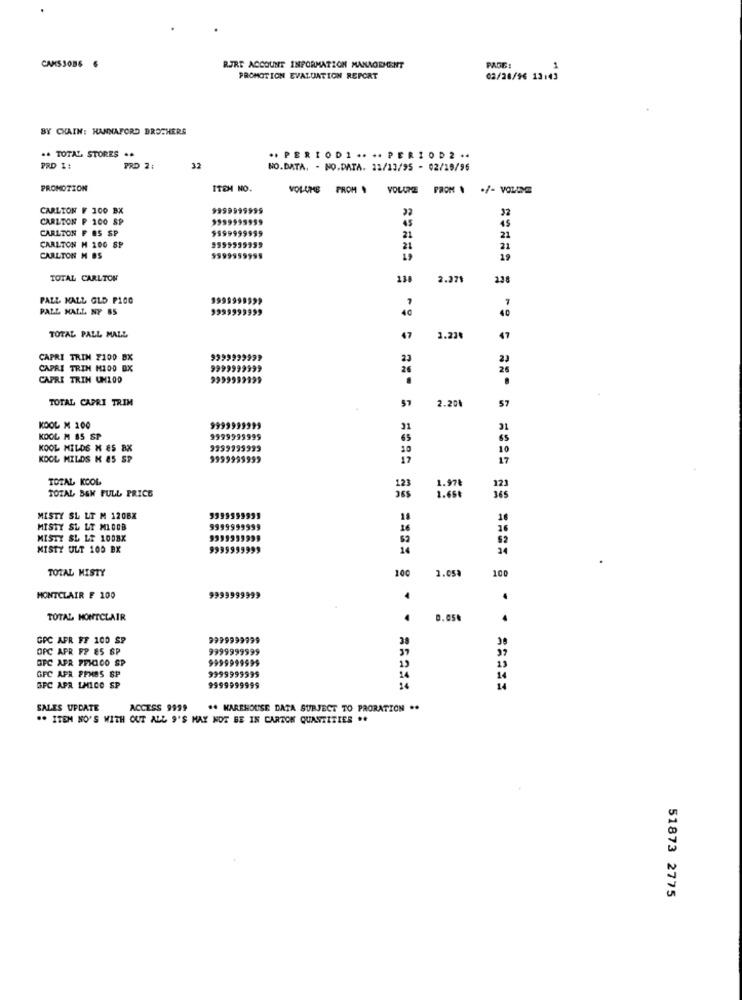
CAMS3086 6
BJRT ACCOUNT INFORMATION MANMODHENT
PAGE:
PROMOTION EVALUATION REPORT
02/20/96 13:43
BY CHAIN: HANNAFORD BROTHERS
.. TOTAL STORES ..
*+PERIODI .... PERIOD2 **
PRD 1 :
PRD 2;
32
NO.DATA. - NO.DATA. 13/13/95 - 02/10/96
PROMOTION
ITEM NO.
VOLUME PROM .
CARLTON F 100 BX
9999999999
32
CARLTON ₱ 100 SP
CARLTON F OS SP
9999999999
21
21
CARLTON M 100 SP
21
21
CARLTON M BS
$599959999
19
TOTAL CARLTON
138
2.27$
238
PALL MALL GLD P1OG
99999993>>
PALL MALL NY 85
9999999999
40
TOTAL PALL MALL
47
3.230
47
CAPRI TRIN F100 BX
9999999999
CAPRI TRIN MI00 DX
26
26
CAPRI TRIN UMLOD
TOTAL CAPRI TRIM
2.20%
57
57
KOOL M 200
31
31
KOOL M 85 SP
65
6$
KOOL HILDS X 85 BX
9399999999
10
KOOL MILDS K 85 SP
9999999999
17
TOTAL KOOL
1.97₺
TOTAL, B&W FULL PRICE
123
123
1.65€
365
MISTY SL LT M 120BX
9399999933
18
MISTY SL LT MIOOB
9999999999
16
26
MISTY SL LE 100BK
9999999999
62
MISTY ULT 100 BX
9999999999
14
24
TOTAL MISTY
100
2.05%
100
MONTCLAIR F 100
9999999999
.
TOTAL MONTCLAIR
0.05.
GPC AFR FF 100 SP
9999999999
3
OPC APR FP 85 SP
9999999999
37
GFC AFR FPRICO SP
9999999999
9999999999
14
GPC APR PENES SP
SFC APR LMICO SP
999999
1999
SALES UPDATE
ACCESS 9999
.. KAREHOUSE DATA SUBJECT TO PRORATION ..
". ITEM NO'S WITH OUT ALL 9'S MAY NOT BE IN CARTON QUANTITIES ..
51873 2775